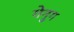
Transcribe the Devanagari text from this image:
गेनुग